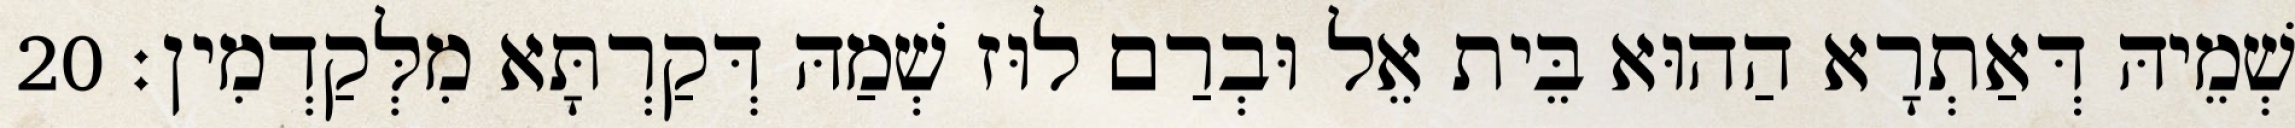
שְׁמֵיהּ דְּאַתְרָא הַהוּא בֵּית אֵל וּבְרַם לוּז שְׁמַהּ דְּקַרְתָּא מִלְּקַדְמִין׃ 20